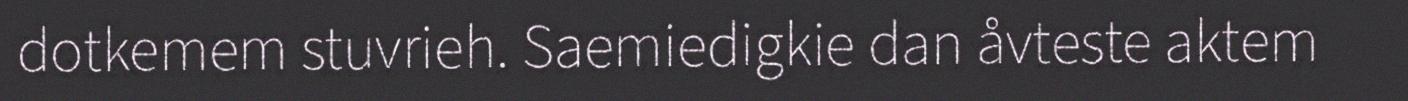
dotkemem stuvrieh. Saemiedigkie dan åvteste aktem